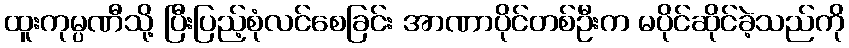
ထူးကုမ္ပဏီသို့ ပြီးပြည့်စုံလင်စေခြင်း အာဏာပိုင်တစ်ဦးက မပိုင်ဆိုင်ခဲ့သည်ကို